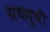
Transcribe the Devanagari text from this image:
ग्रथसूची